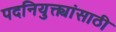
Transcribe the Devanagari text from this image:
पदनियुक्त्यांसाठी